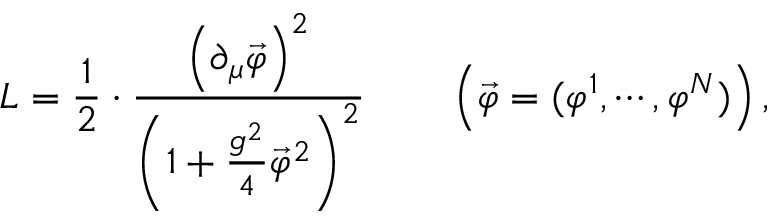
{ \cal L } = \frac { 1 } { 2 } \cdot \frac { \left( \partial _ { \mu } \vec { \varphi } \right) ^ { 2 } } { \left( 1 + \frac { g ^ { 2 } } { 4 } \vec { \varphi } ^ { 2 } \right) ^ { 2 } } \qquad \left( \vec { \varphi } = ( \varphi ^ { 1 } , \cdots , \varphi ^ { N } ) \right) ,